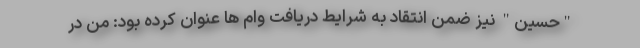
"حسین" نیز ضمن انتقاد به شرایط دریافت وام ها عنوان کرده بود: من در